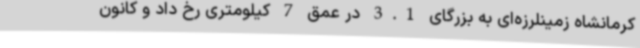
کرمانشاه زمینلرزه‌ای به بزرگای 3.1 در عمق 7 کیلومتری رخ داد و کانون